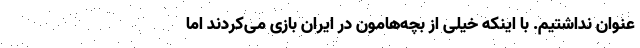
عنوان نداشتیم. با اینکه خیلی از بچه‌هامون در ایران بازی می‌کردند اما